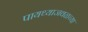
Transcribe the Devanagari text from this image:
पायथ्याजवळच्या